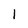
Character: 1